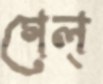
গেল্‌